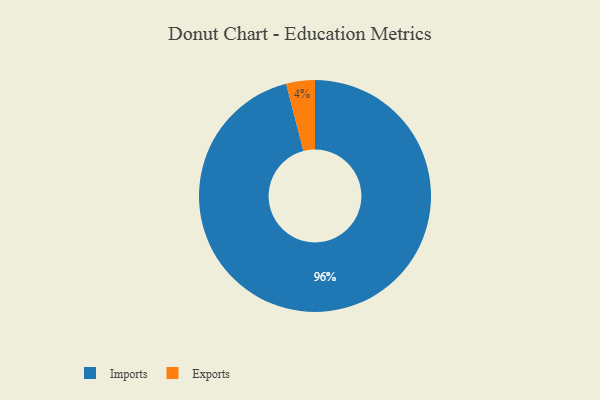
{"axis": {"x": "Category", "y": "Percentage"}, "legend": ["Exports", "Imports"], "data": [{"x": "Imports", "y": 96, "type": "Imports"}, {"x": "Exports", "y": 4, "type": "Exports"}]}